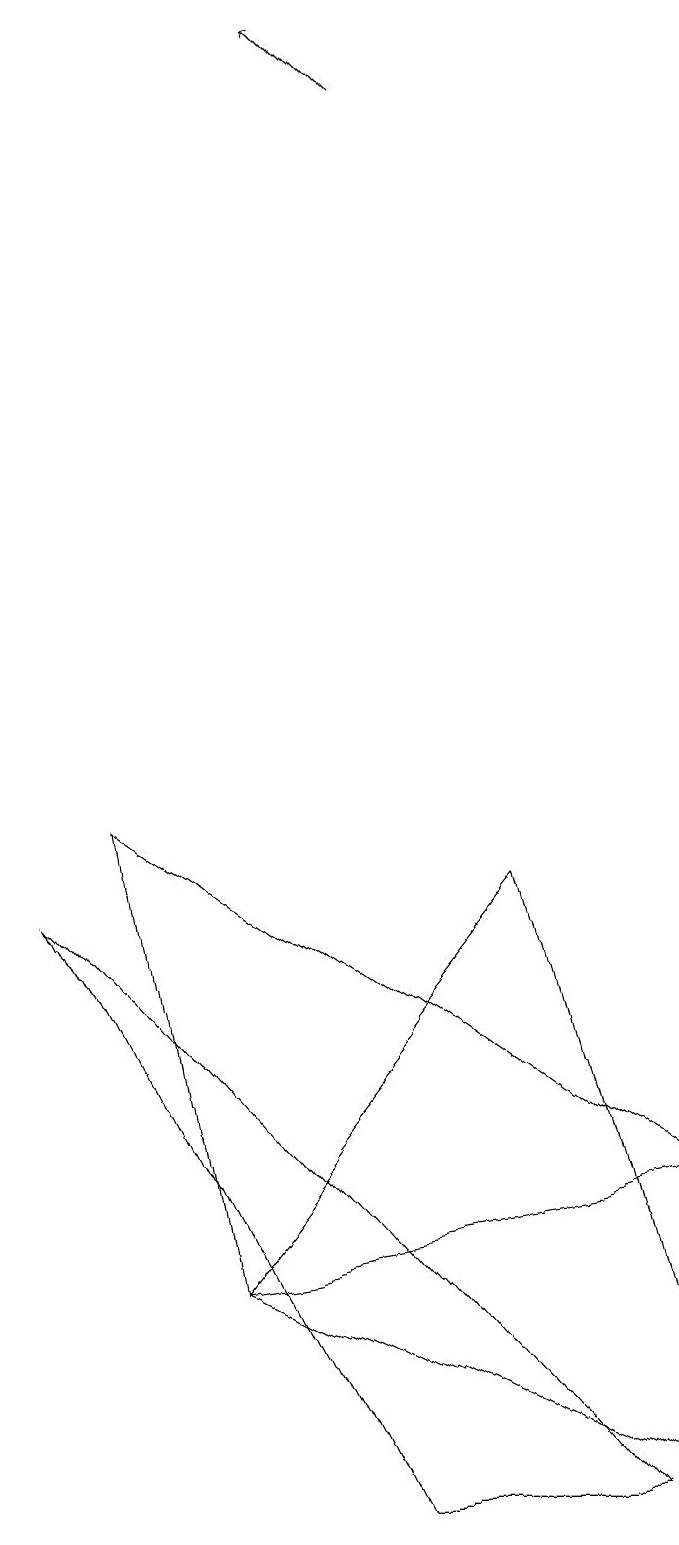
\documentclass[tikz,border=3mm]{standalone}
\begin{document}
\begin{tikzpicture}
\draw (5,0) -- (1,8) -- (8,0) -- cycle;
\draw (3,3) -- (9,4) -- (2,9) -- cycle;
\draw (9,0) -- (3,3) -- (7,8) -- cycle;
\draw[->] (6,18) -- (5,19);
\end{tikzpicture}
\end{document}